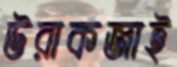
উরাকজাই